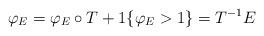
LaTeX: \begin{align*}\varphi_{E}=\varphi_{E}\circ T+1\{\varphi_{E}>1\}=T^{-1}E\end{align*}